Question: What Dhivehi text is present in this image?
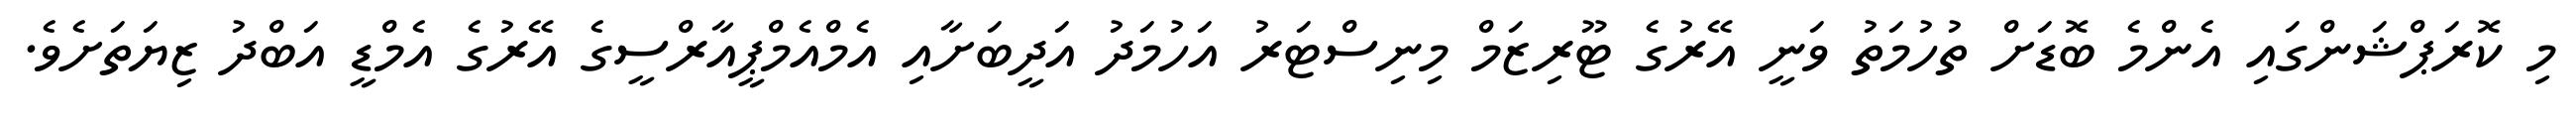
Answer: މި ކޮރަޕްޝަންގައި އެންމެ ބޮޑަށް ތުހުމަތު ވަނީ އޭރުގެ ޓޫރިޒަމް މިނިސްޓަރު އަހުމަދު އަދީބަށާއި އެމްއެމްޕީއާރްސީގެ އޭރުގެ އެމްޑީ އަބްދު ޒިޔަތަށެވެ.